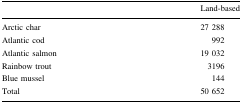
|  | Land-based |
 | --- | --- |
 | Arctic char | 27 288 |
 | Atlantic cod | 992 |
 | Atlantic salmon | 19 032 |
 | Rainbow trout | 3196 |
 | Blue mussel | 144 |
 | Total | 50 652 |